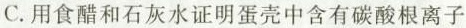
C.用食醋和石灰水证明蛋壳中含有碳酸根离子